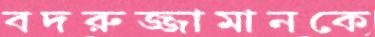
বদরুজ্জামানকে